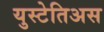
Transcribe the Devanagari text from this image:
युस्टेतिअस